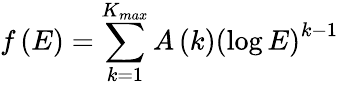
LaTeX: f\left(E\right)=\sum_{k=1}^{K_{max}}A\left(k\right)\left(\log E\right)^{k-1}